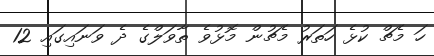
ހަ މެޗް ކުޅެ ހަތަރު މެޗުން މޮޅުވެ ތާވަލްގެ ދެ ވަނައިގައި 12